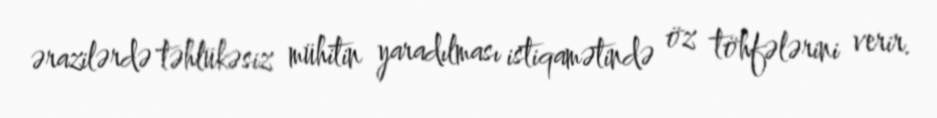
ərazilərdə təhlükəsiz mühitin yaradılması istiqamətində öz töhfələrini verir.